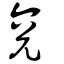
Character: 兖